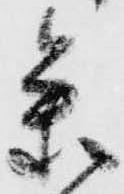
参